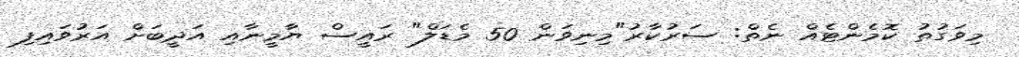
މިވަގުތު ކޮމެންޓެއް ނެތް: ސަރުކާރު"މިނިވަން 50 މެޑަލް" ރައީސް ޔާމީނާއި އަދީބަށް އަރުވައިފި